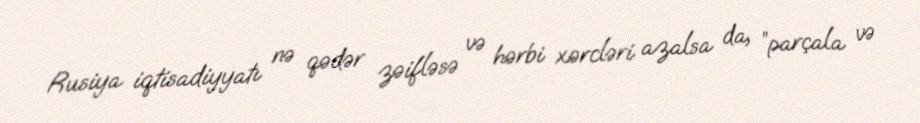
Rusiya iqtisadiyyatı nə qədər zəifləsə və hərbi xərcləri azalsa da, ”parçala və